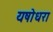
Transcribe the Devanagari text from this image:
यषोधरा